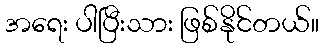
အရေး ပါပြီးသား ဖြစ်နိုင်တယ်။